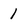
Character: 1